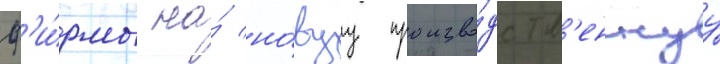
ф'и́рмы на́ но́вуу произво́дств'еннуу